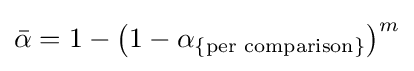
{\bar {\alpha }}=1-\left(1-\alpha _{\{{\text{per comparison}}\}}\right)^{m}